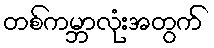
တစ်ကမ္ဘာလုံးအတွက်